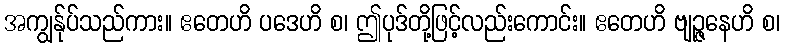
အကျွန်ုပ်သည်ကား။ ဧတေဟိ ပဒေဟိ စ၊ ဤပုဒ်တို့ဖြင့်လည်းကောင်း။ ဧတေဟိ ဗျဉ္ဇနေဟိ စ၊